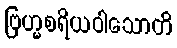
ဗြဟ္မစရိယဝါသောတိ